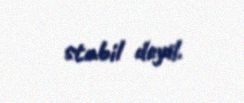
stabil deyil.